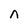
Character: n